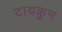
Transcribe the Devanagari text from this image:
टायक्रुन